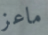
ماعز